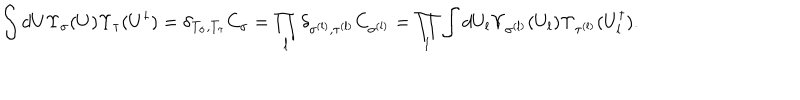
LaTeX: \int d U \Upsilon _ { \sigma } ( U ) \Upsilon _ { \tau } ( U ^ { \dagger } ) = \delta _ { T _ { \sigma } , T _ { \tau } } C _ { \sigma } = \prod _ { l } \delta _ { \sigma ^ { ( l ) } , \tau ^ { ( l ) } } C _ { \sigma ^ { ( l ) } } = \prod _ { l } \int d U _ { l } \Upsilon _ { \sigma ^ { ( l ) } } ( U _ { l } ) \Upsilon _ { \tau ^ { ( l ) } } ( U _ { l } ^ { \dagger } ) .